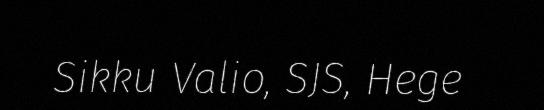
Sikku Valio, SJS, Hege